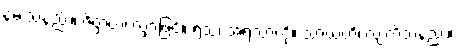
နမ်းသနည်း။ ဇိဝှာယ၊ လျှာဖြင့်။ ရသံ၊ အရသာကို။ သာယတိ၊ လျက်သနည်း။